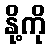
နို့ကို